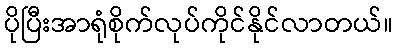
ပိုပြီးအာရုံစိုက်လုပ်ကိုင်နိုင်လာတယ်။